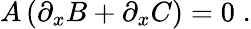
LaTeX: A\left(\partial_{x}B+\partial_{x}C\right)=0\; .